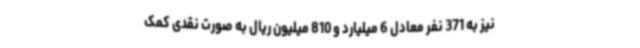
نیز به 371 نفر معادل 6 میلیارد و 810 میلیون ریال به صورت نقدی کمک